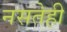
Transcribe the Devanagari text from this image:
नसतेही